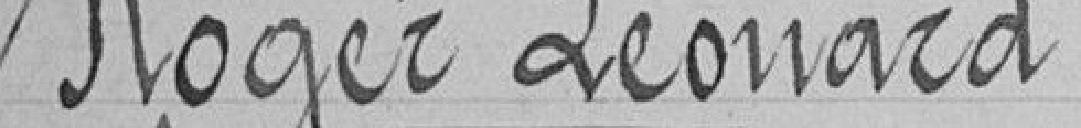
Roger Léonard